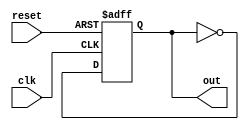
//
// It is possible to describe circuit loops in Verilog. This can be done
// by having the same variable name on both sides of an `=` operator,
// in an `always` statement.
// 
// In the following module, the output of a flip-flop is connected to 
// its input through an inverter. The output of the circuit thus
// alternates between 1 and 0.  
//

module oscillator(
    clk,
    reset,
    out
    );

input clk;
input reset;
output reg out;

always @(posedge clk or posedge reset) begin
    if (reset) begin
        out = 1'b0;
    end else begin
        out = ~out; // Loop
    end
end

endmodule

//
// After being reset, the output of the following module stays
// low until the input become high. The output then stays high. 
//

module detect_1(
    clk,
    reset,
    in,
    out
    );

input clk;
input reset;
input in;
output reg out;

always @(posedge clk or posedge reset) begin
    if (reset) begin
        out = 1'b0;
    end else begin
        out = out | in;
    end
end

endmodule

// 
// Though the above two modules are perfectly functional, it is
// good practice to seperate combinational logic from non-combinational
// logic. In other words, it is recommended to avoid implementing 
// flip-flops and regular logic gates in the same `always` construct.
//
// A better manner to implement the above two modules is thus given here:
//

module oscillator_better(
    clk,
    reset,
    out
    );

input clk;
input reset;
output reg out;

wire out_next;

assign out_next = ~out; // Combinational logic

always @(posedge clk or posedge reset) begin // Only a flip-flop
    if (reset) begin
        out = 1'b0;
    end else begin
        out = out_next;
    end
end

endmodule


module detect_1_better(
    clk,
    reset,
    in,
    out
    );

input clk;
input reset;
input in;
output reg out;

wire out_next;

assign out_next = out | in;

always @(posedge clk or posedge reset) begin
    if (reset) begin
        out = 1'b0;
    end else begin
        out = out_next;
    end
end

endmodule